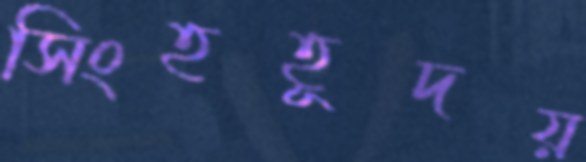
সিংহহূদয়